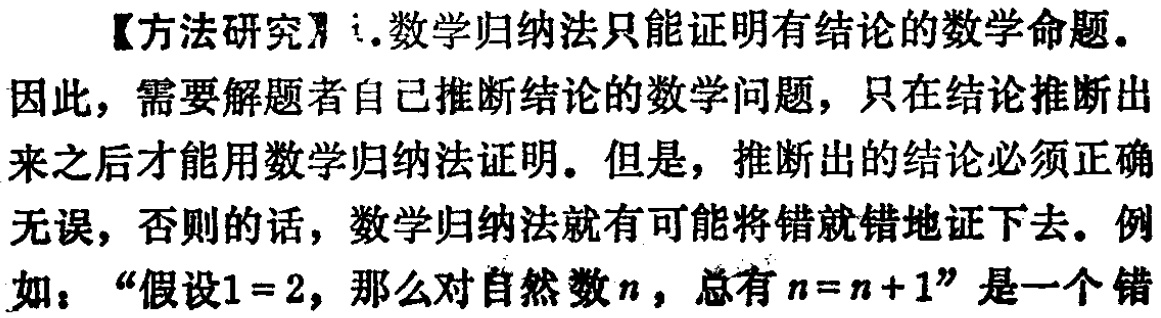
【方法研究】i.数学归纳法只能证明有结论的数学命题.

因此，需要解题者自己推断结论的数学问题，只在结论推断出来之后才能用数学归纳法证明. 但是，推断出的结论必须正确无误，否则的话，数学归纳法就有可能将错就错地证下去. 例如：“假设\(1 = 2\)，那么对自然数\(n\)，总有\(n=n + 1\)”是一个错